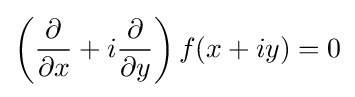
\left({\frac {\partial }{\partial x}}+i{\frac {\partial }{\partial y}}\right)f(x+iy)=0